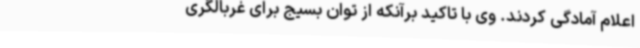
اعلام آمادگی کردند. وی با تاکید برآنکه از توان بسیج برای غربالگری